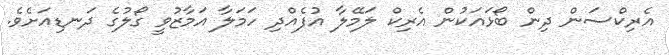
އެރިކްސަން ދިން ބޯޅައަކުން އެރިކް ލަމޭލާ އުފެއްދި ހަމަލާ އަމާޒުވީ ގޯލުގެ ދަނޑިއަށެވެ.